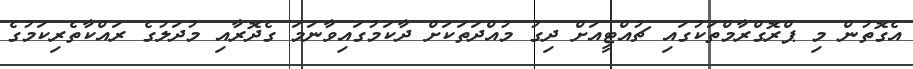
އެގޮތުން މި ޕްރޮގްރާމްތަކުގައި ޗުއްޓީއަށް ދިގު މުއްދަތަކަށް ދާކަމުގައިވާނަމަ ގެދޮރާއި މުދަލުގެ ރައްކާތެރިކަމުގެ